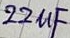
Text: 22µF